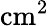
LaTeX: \mathrm{cm^{2}}